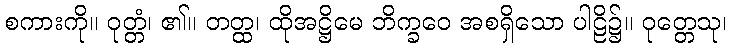
စကားကို။ ဝုတ္တံ၊ ၏။ တတ္ထ၊ ထိုအဋ္ဌိမေ ဘိက္ခဝေ အစရှိသော ပါဠိ၌။ ဝုတ္တေသု၊